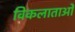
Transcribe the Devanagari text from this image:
विकलाताओं